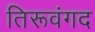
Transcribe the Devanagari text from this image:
तिरूवंगद